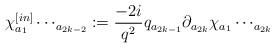
\begin{align*}\chi^{[in]}_{a{_1}}\cdots_{a{_{2k-2}}}:= \frac{-2i}{q^2}q_{a{_{2k-1}}}\partial_{a{_{2k}}} \chi_{a{_1}}\cdots_{a{_{2k}}}\end{align*}